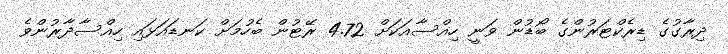
ދިރާގުގެ ޑިރެކްޓަރުންގެ ބޯޑުން ވަނީ ހިއްސާއަކަށް 4.72 ރޭޓުން ބެހުމަށް ކަނޑައަޅައި ހިއްސާދާރުންވެ